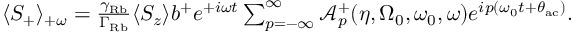
\begin{array} { r } { \langle S _ { + } \rangle _ { + \omega } = \frac { \gamma _ { \mathrm { R b } } } { \Gamma _ { \mathrm { R b } } } \langle S _ { z } \rangle b ^ { + } e ^ { + i \omega t } \sum _ { p = - \infty } ^ { \infty } \mathcal { A } _ { p } ^ { + } ( \eta , \Omega _ { 0 } , \omega _ { 0 } , \omega ) e ^ { i p ( \omega _ { 0 } t + \theta _ { \mathrm { a c } } ) } . } \end{array}